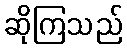
ဆိုကြသည်